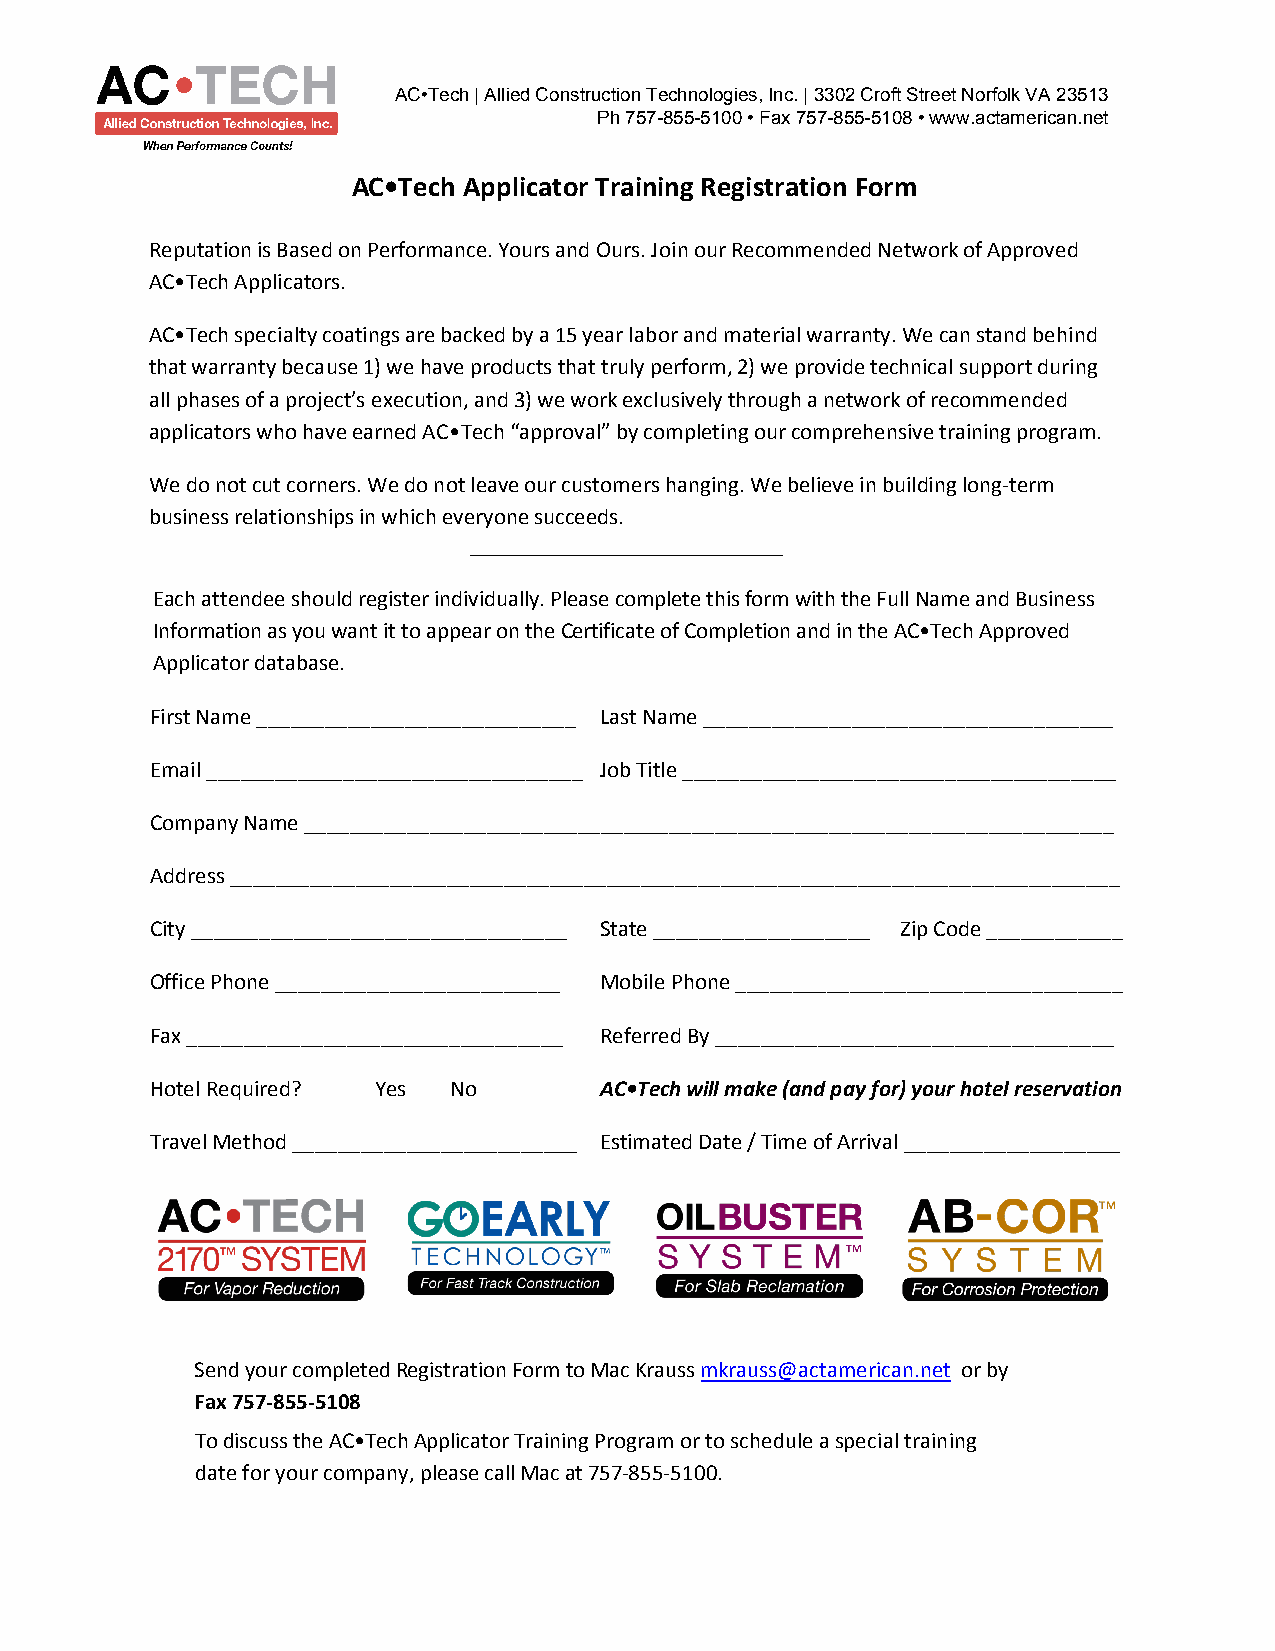
AC•Tech | Allied Construction Technologies, Inc. | 3302 Croft Street Norfolk VA 23513
 Ph 757-855-5100 • Fax 757-855-5108 • www.actamerican.net
 AC•Tech Applicator Training Registration Form
 Reputation is Based on Performance. Yours and Ours. Join our Recommended Network of Approved
 AC•Tech Applicators.
 AC•Tech specialty coatings are backed by a 15 year labor and material warranty. We can stand behind
 that warranty because 1) we have products that truly perform, 2) we provide technical support during
 all phases of a project’s execution, and 3) we work exclusively through a network of recommended
 applicators who have earned AC•Tech “approval” by completing our comprehensive training program.
 We do not cut corners. We do not leave our customers hanging. We believe in building long-term
 business relationships in which everyone succeeds.
 _________________________
 Each attendee should register individually. Please complete this form with the Full Name and Business
 Information as you want it to appear on the Certificate of Completion and in the AC•Tech Approved
 Applicator database.
 First Name ____________________________ Last Name ____________________________________
 Email _________________________________ Job Title ______________________________________
 Company Name _______________________________________________________________________
 Address ______________________________________________________________________________
 City _________________________________ State ___________________ Zip Code ____________
 Office Phone _________________________ Mobile Phone __________________________________
 Fax _________________________________ Referred By ___________________________________
 Hotel Required? Yes No        AC•Tech will make (and pay for) your hotel reservation
 Travel Method _________________________ Estimated Date / Time of Arrival ___________________
 Send your completed Registration Form to Mac Krauss mkrauss@actamerican.net or by
 Fax 757-855-5108
 To discuss the AC•Tech Applicator Training Program or to schedule a special training
 date for your company, please call Mac at 757-855-5100.